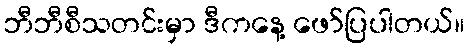
ဘီဘီစီသတင်းမှာ ဒီကနေ့ ဖော်ပြပါတယ်။